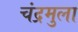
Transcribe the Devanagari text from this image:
चंद्रमुला